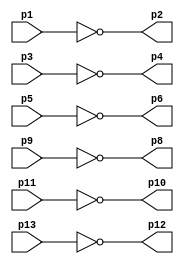
/////////////////////////////////////////
// 74HC04 - Hex inverter
//
// Antonio Sanchez (@TheSonders)
////////////////////////////////////////

module HC04(
    input wire p1,p3,p5,p9,p11,p13,
    output wire p2,p4,p6,p8,p10,p12
);

assign p2=~p1;
assign p4=~p3;
assign p6=~p5;
assign p8=~p9;
assign p10=~p11;
assign p12=~p13;

endmodule